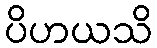
ပိဟယသိ